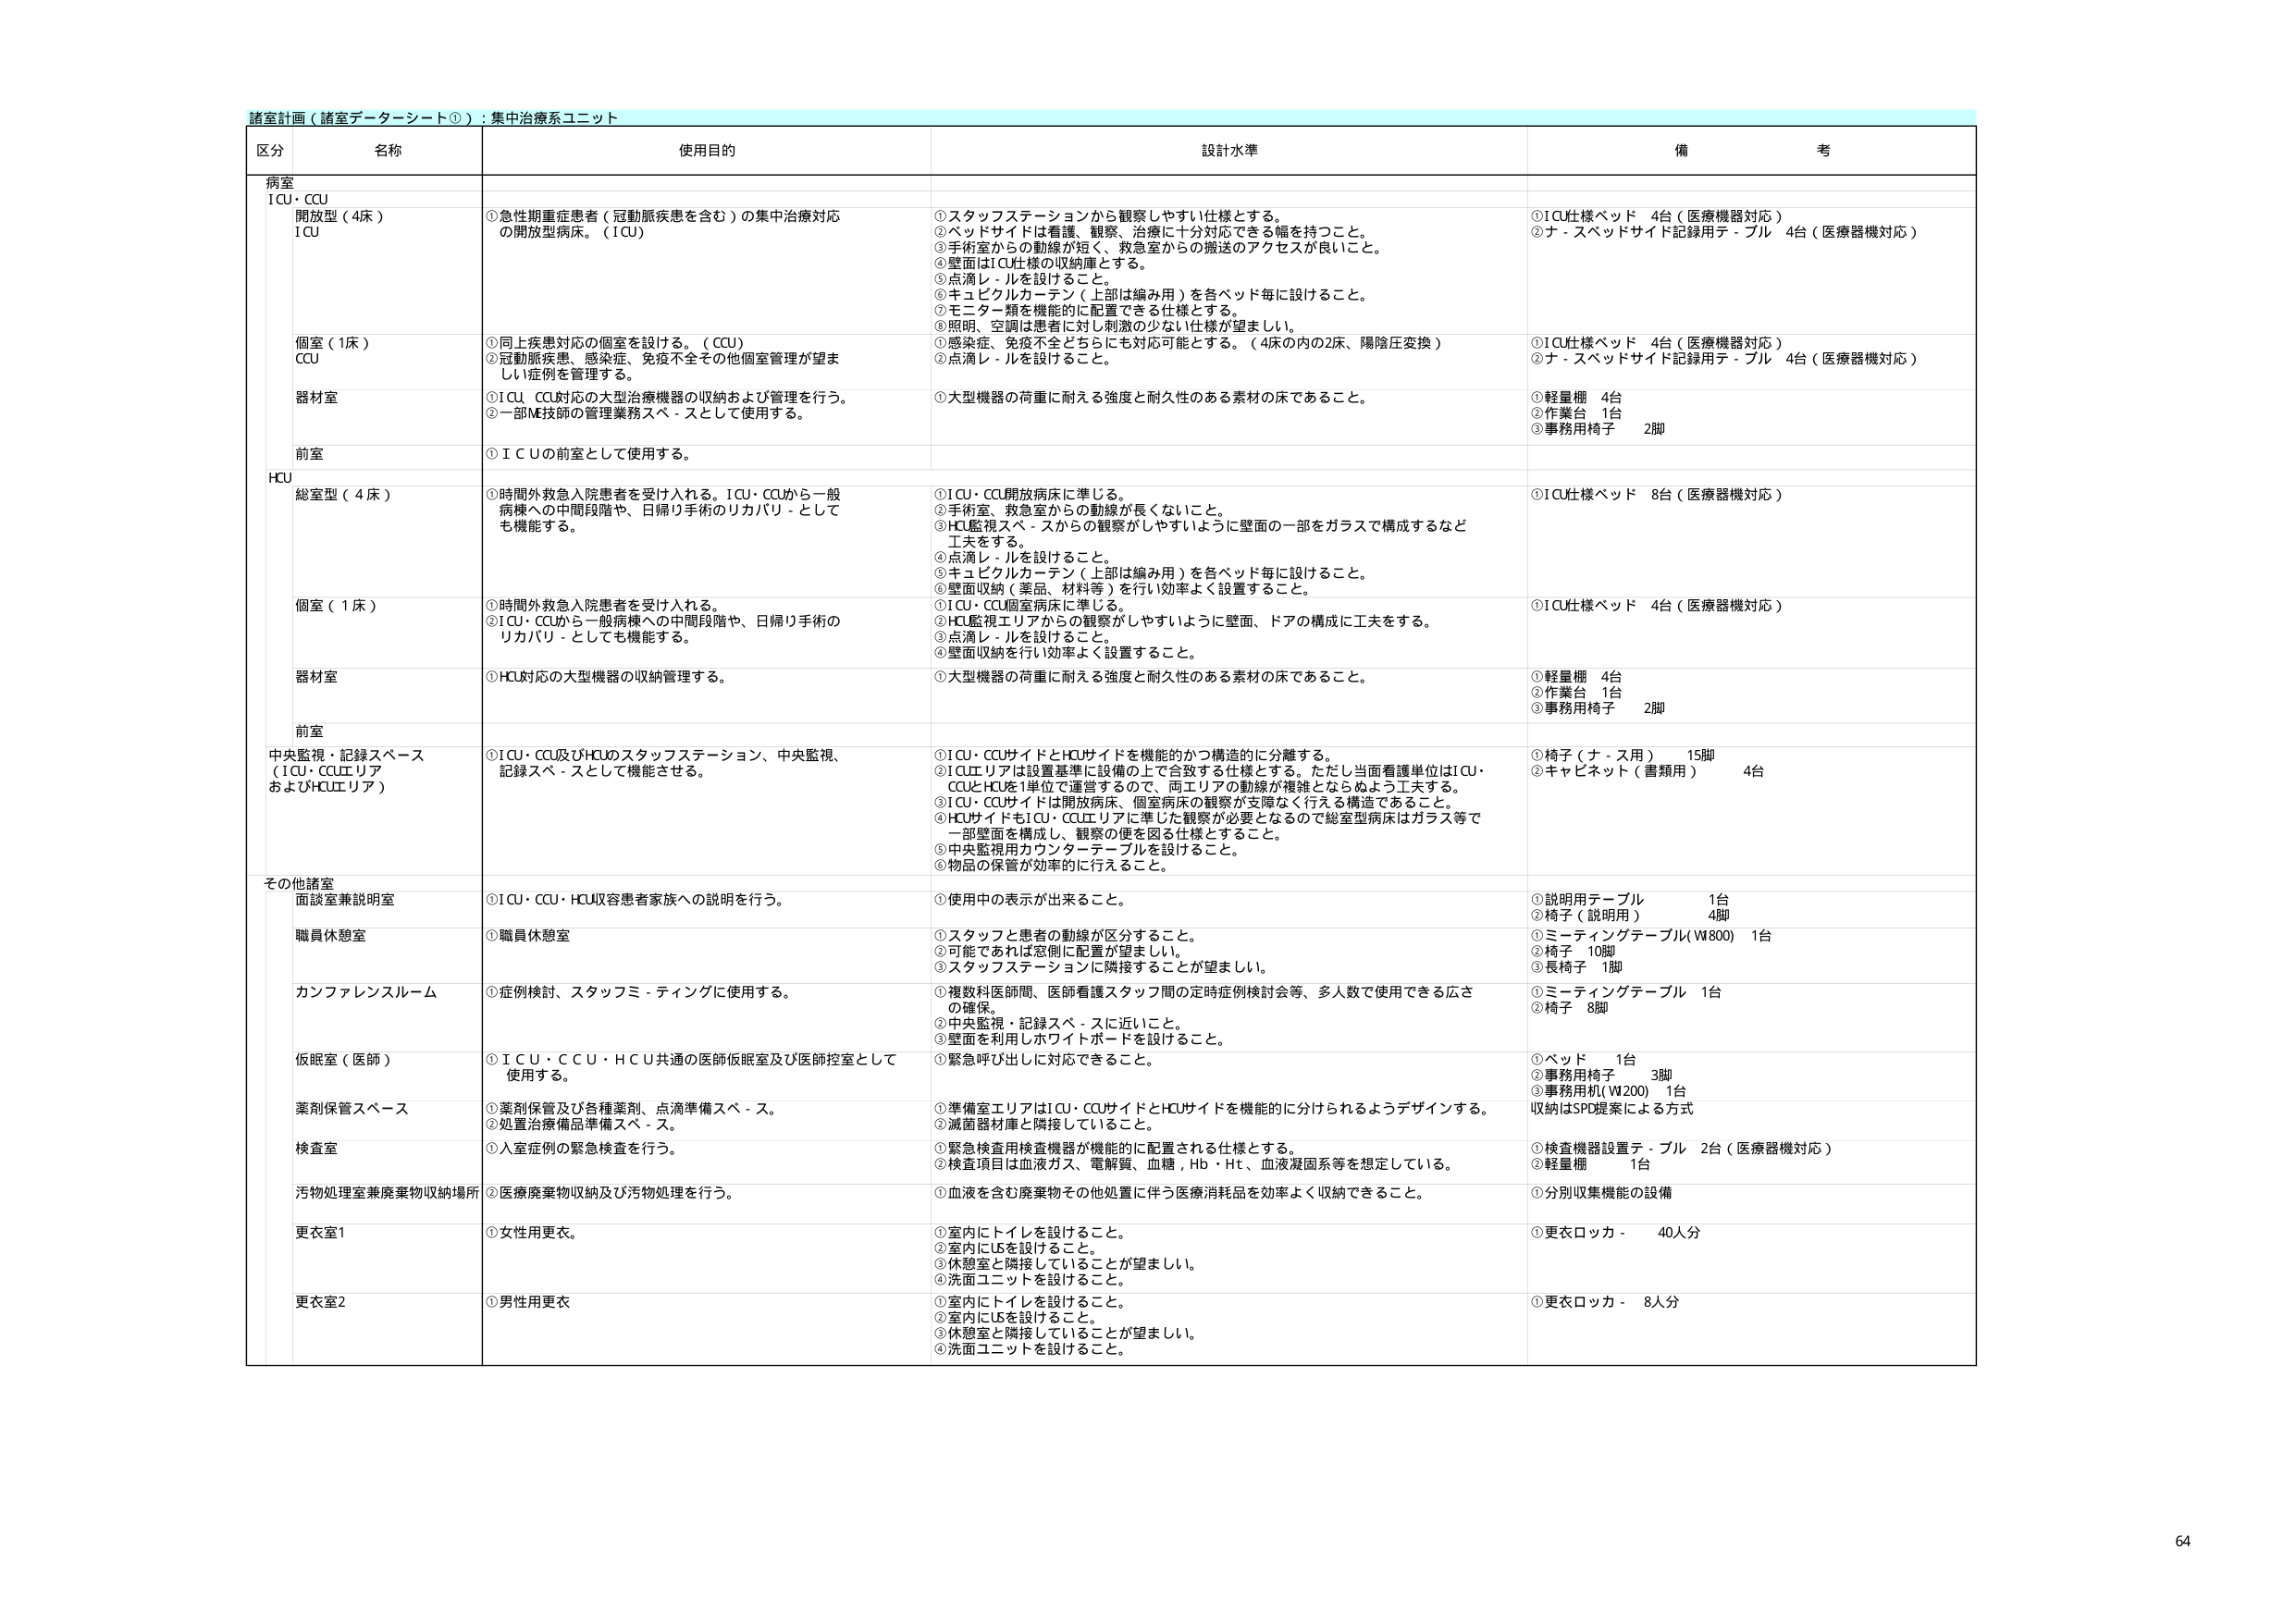
諸室計画（諸室データシート①）：集中治療系ユニット

区分 名称 使用目的 設計水準 備考

病室
ICU・CCU
開放型（4床）
ICU
①急性期重症患者（冠動脈疾患を含む）の集中治療対応の開放型病床。（ICU）
①スタッフステーションから観察しやすい仕様とする。
②ベッドサイドは看護、観察、治療に十分対応できる幅を持つこと。
③手術室からの動線が短く、救急室からの搬送のアクセスが良いこと。
④壁面はICU仕様の収納庫とする。
⑤点滴レールを設けること。
⑥キュビクルカーテン（上部は編み用）を各ベッド毎に設けること。
⑦モニター類を機能的に配置できる仕様とする。
⑧照明、空調は患者に対し刺激の少ない仕様が望ましい。
⑨感染症、免疫不全どちらにも対応可能とする。（4床の内の2床、陽陰圧変換）
①ICU仕様ベッド 4台（医療機器対応）
②ナ・スベッドサイド記録用テーブル 4台（医療機器対応）

個室（1床）
CCU
①同上疾患対応の個室を設ける。（CCU）
②冠動脈疾患、感染症、免疫不全その他個室管理が望ましい症例を管理する。
①ICU仕様ベッド 4台（医療機器対応）
②ナ・スベッドサイド記録用テーブル 4台（医療機器対応）

器材室
①ICU・CCU対応の大型治療機器の収納および管理を行う。
②一部ME技師の管理業務スペースとして使用する。
①大型機器の荷重に耐える強度と耐久性のある素材の床であること。
①軽量棚 4台
②作業台 1台
③事務用椅子 2脚

前室
①ＩＣＵの前室として使用する。

HCU
総室型（4床）
①時間外救急入院患者を受け入れる。ICU・CCUから一般病棟への中間段階や、日帰り手術のリカバリ－としても機能する。
①ICU・CCU開放病床に準じる。
②手術室、救急室からの動線が長くないこと。
③HCU監視スペースからの観察がしやすいように壁面の一部をガラスで構成するなど工夫をする。
④点滴レールを設けること。
⑤キュビクルカーテン（上部は編み用）を各ベッド毎に設けること。
⑥壁面収納（薬品、材料等）を行い効率よく設置すること。
①ICU仕様ベッド 8台（医療器機対応）

個室（1床）
①時間外救急入院患者を受け入れる。
②ICU・CCUから一般病棟への中間段階や、日帰り手術のリカバリ－としても機能する。
①ICU・CCU個室病床に準じる。
②HCU監視エリアからの観察がしやすいように壁面、ドアの構成に工夫をする。
③点滴レールを設けること。
④壁面収納を行い効率よく設置すること。
①ICU仕様ベッド 4台（医療器機対応）

器材室
①HCU対応の大型機器の収納管理する。
①大型機器の荷重に耐える強度と耐久性のある素材の床であること。
①軽量棚 4台
②作業台 1台
③事務用椅子 2脚

前室

中央監視・記録スペース（ICU・CCUエリアおよびHCUエリア）
①ICU・CCU及びHCUのスタッフステーション、中央監視、記録スペースとして機能させる。
①ICU・CCUサイドとHCUサイドを機能的かつ構造的に分離する。
②ICUエリアは設置基準に設備の上で合致する仕様とする。ただし当面看護単位はICU・CCUとHCUを1単位で運営するので、両エリアの動線が複雑とならないよう工夫する。
③ICU・CCUサイドは開放病床、個室病床の観察が支障なく行える構造であること。
④HCUサイドもICU・CCUエリアに準じた観察が必要となるので総室型病床はガラス等で一部壁面を構成し、観察の便を図る仕様とすること。
⑤中央監視用カウンターテーブルを設けること。
⑥物品の保管が効率的に行えること。
①椅子（ナ・ス用） 15脚
②キャビネット（書類用） 4台

その他諸室
面談室兼説明室
①ICU・CCU・HCU収容患者家族への説明を行う。
①使用中の表示が出来ること。
①説明用テーブル 1台
②椅子（説明用） 4脚

職員休憩室
①職員休憩室
①スタッフと患者の動線が区分すること。
②可能であれば窓側に配置が望ましい。
③スタッフステーションに隣接することが望ましい。
①ミーティングテーブル（W800） 1台
②椅子 10脚
③長椅子 1脚

カンファレンスルーム
①症例検討、スタッフミーティングに使用する。
①複数科医師間、医師看護スタッフ間の定時症例検討会等、多人数で使用できる広さの確保。
②中央監視・記録スペースに近いこと。
③壁面を利用しホワイトボードを設けること。
①ミーティングテーブル 1台
②椅子 8脚

仮眠室（医師）
①ＩＣＵ・ＣＣＵ・ＨＣＵ共通の医師仮眠室及び医師控室として使用する。
①緊急呼び出しに対応できること。
①ベッド 1台
②事務用椅子 3脚
③事務用机（W200）1台

薬剤保管スペース
①薬剤保管及び各種薬剤、点滴準備スペース。
②処置治療備品準備スペース。
①準備室エリアはICU・CCUサイドとHCUサイドを機能的に分けられるようデザインする。
②滅菌器材庫と隣接していること。
収納はSPD提案による方式

検査室
①入室症例の緊急検査を行う。
①緊急検査用検査機器が機能的に配置される仕様とする。
②検査項目は血液ガス、電解質、血糖、Hb・Ht、血液凝固系等を想定している。
①検査機器設置テーブル 2台（医療器機対応）
②軽量棚 1台

汚物処理室兼廃棄物収納場所
②医療廃棄物収納及び汚物処理を行う。
①血液を含む廃棄物その他処置に伴う医療消耗品を効率よく収納できること。
①分別収集機能の設備

更衣室1
①女性用更衣。
①室内にトイレを設けること。
②室内にUBを設けること。
③休憩室と隣接していることが望ましい。
④洗面ユニットを設けること。
①更衣ロッカー 40人分

更衣室2
①男性用更衣
①室内にトイレを設けること。
②室内にUBを設けること。
③休憩室と隣接していることが望ましい。
④洗面ユニットを設けること。
①更衣ロッカー 8人分

64